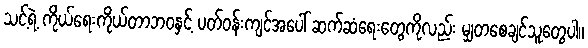
သင့်ရဲ့ ကိုယ်ရေးကိုယ်တာဘဝနှင့် ပတ်ဝန်းကျင်အပေါ် ဆက်ဆံရေးတွေကိုလည်း မျှတစေချင်သူတွေပါ။